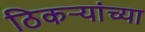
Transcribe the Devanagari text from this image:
ठिकऱ्यांच्या